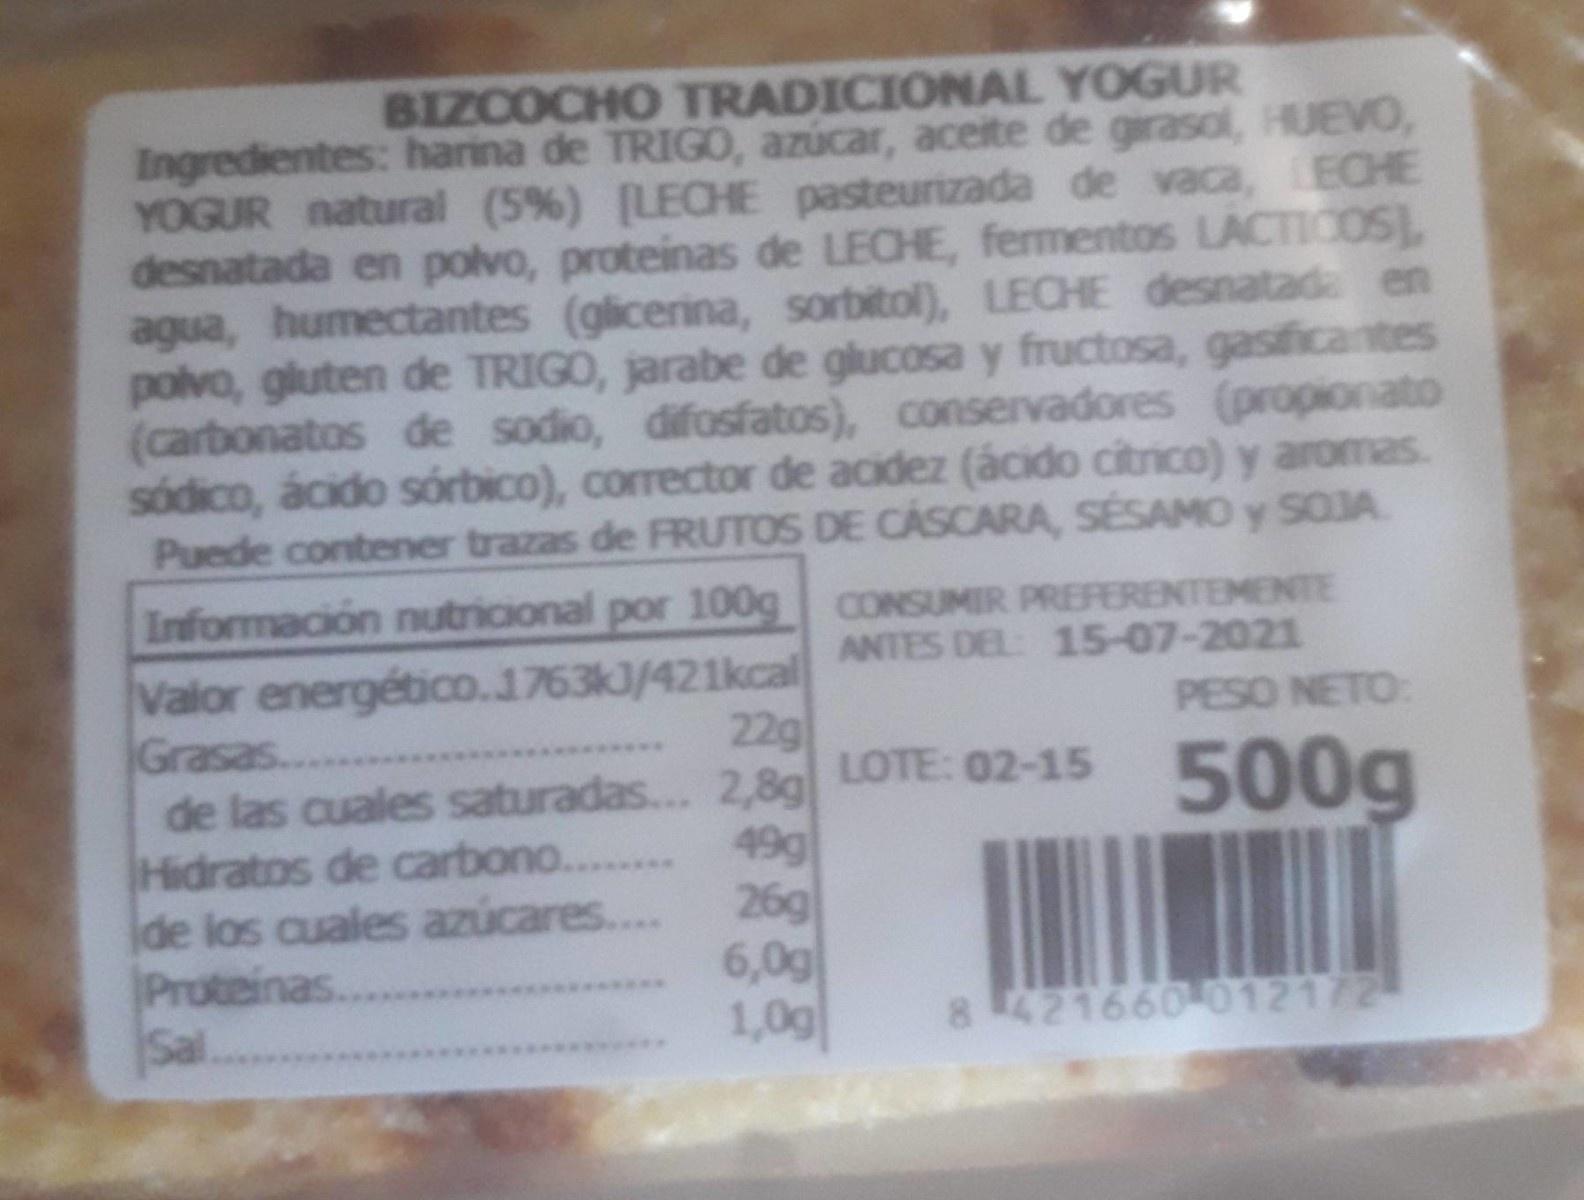
BIZCOCHO TRADICIONAL YOGUR Ingredientes: harina de TRIGO, azúcar, aceite de girasol, HUEVO, YOGUR natural (5%) [LEOHE pasteurizada de vaca, ECHE desnatada en polvo, proteinas de LECHE, fermentos LACTICOSL agua, humectantes (glicerina, sorbitol), LECHE desnatada en polvo, gluten de TRIGO, jarabe de glucosa y fructosa, gasficantes (carbonatos de sodio, difosfatos), conservadores (propionato sódico, ácido sórbico), corrector de acidez (ácido citrico) y aromas. Puede contener trazas de FRUTOS DE CASCARA, SESAMO y SOJA
Información nutricional por 100g CONSUMIR PREFERENTEMENTE ANTES DEL 15-07-2021
Valor energético.1763kJ/421kcal 22g de las cuales saturadas... 2,8g 49g 26g 6,0g 1,0g
PESO NETO:
Grasas...
LOTE: 02-15
Hidratos de carbono...
Ide los cuales azúcares....
Proteinas. Sa.
8421660-012172
****